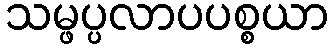
သမ္ဖပ္ပလာပပစ္စယာ